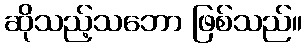
ဆိုသည့်သဘော ဖြစ်သည်။